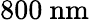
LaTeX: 800\ \mathrm{nm}